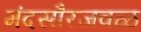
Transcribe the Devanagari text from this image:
मंदसौरजवळ